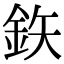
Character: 鉃